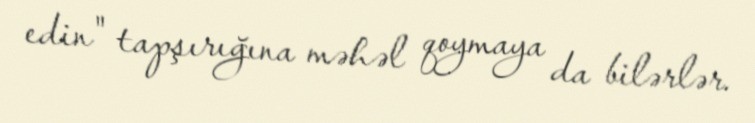
edin" tapşırığına məhəl qoymaya da bilərlər.